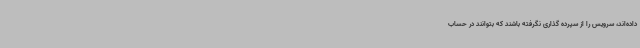
داده‌اند، سرویس را از سپرده گذاری نگرفته باشند که بتوانند در حساب